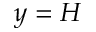
y = H